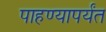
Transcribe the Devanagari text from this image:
पाहण्यापर्यंत